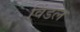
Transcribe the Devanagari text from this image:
विंडल